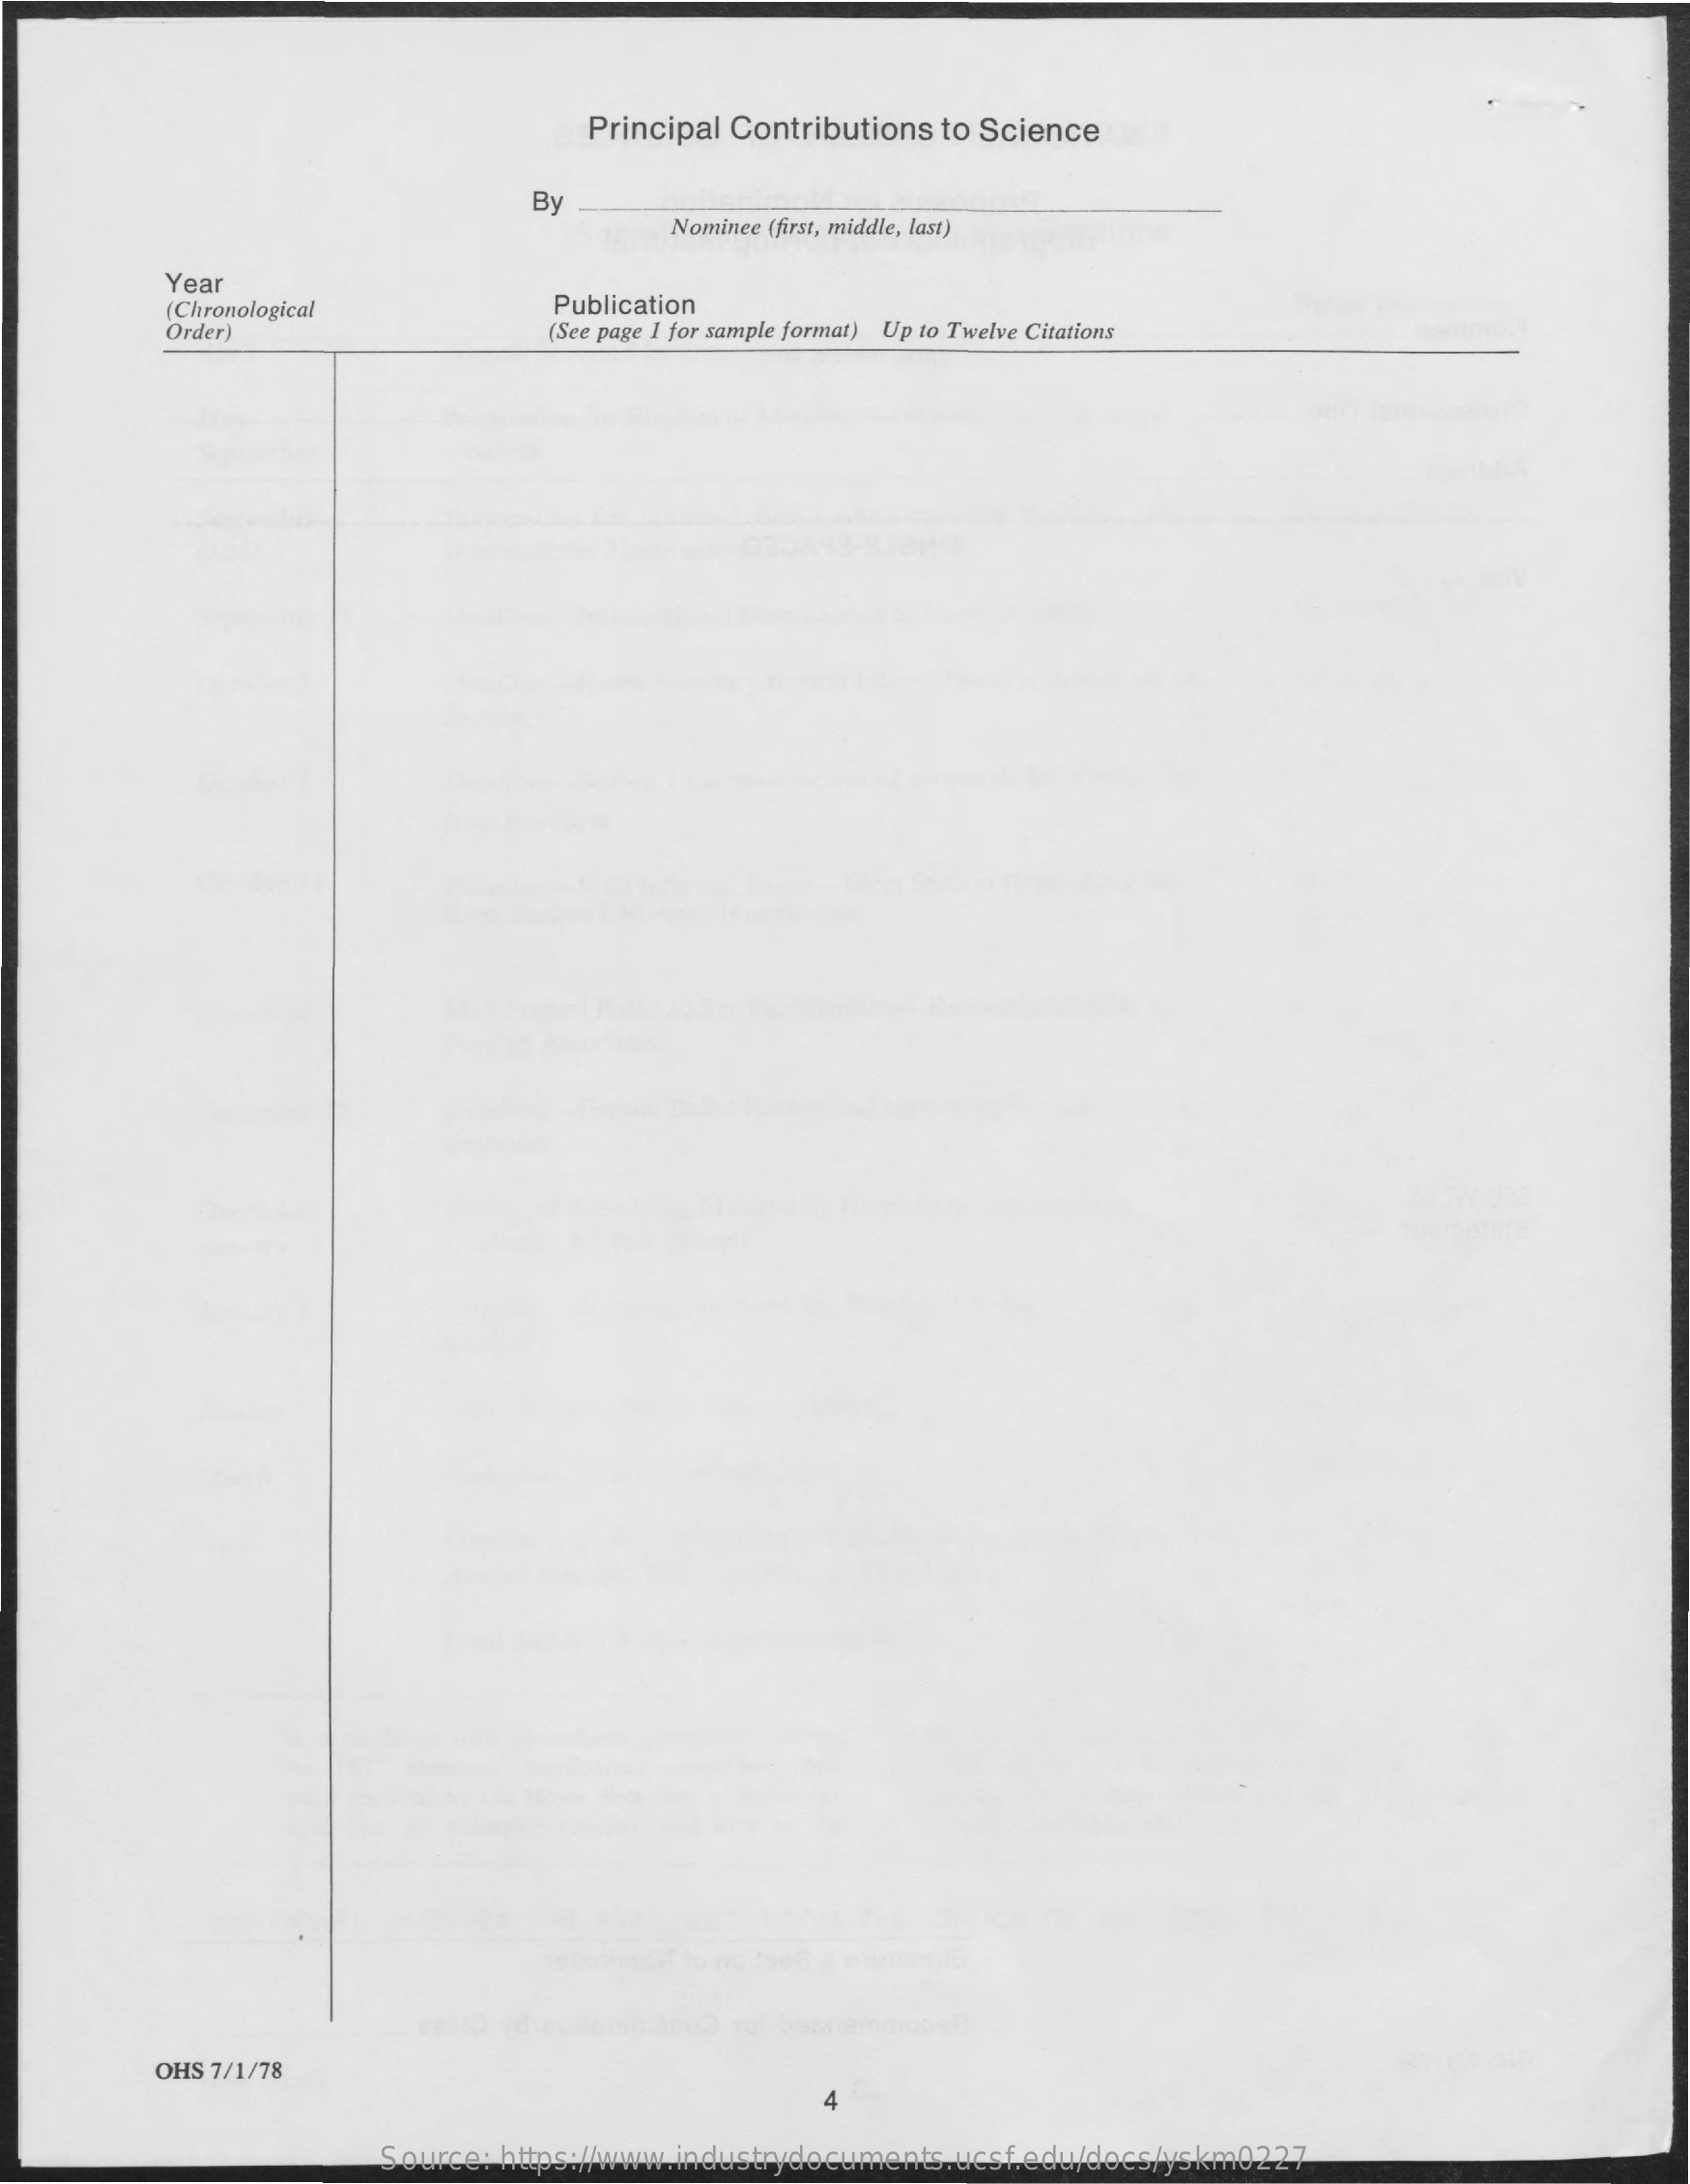
Principal Contributions to Science
     By
     Nominee (first, middle, last)
     Year
     Chronological    Publication
     Order)    (See page I for sample format) Up to Twelve Citations
     OHS 7/1/78
     4
     Source: https://www.industrydocuments.ucsf.edu/docs/yskm0227